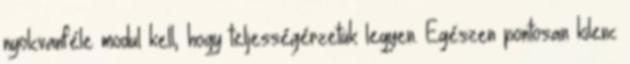
nyolcvanféle modul kell, hogy teljességérzetük legyen. Egészen pontosan kilenc